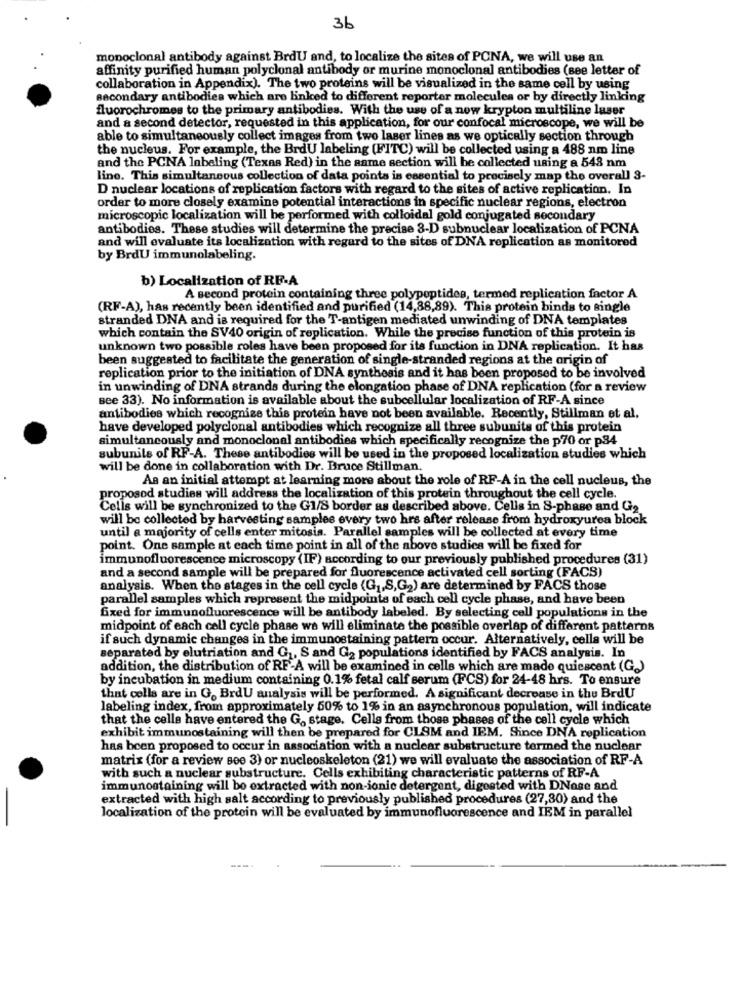
36
monoclonal antibody against BrdU and, to localize the sites of PCNA, we will use an
affinity purified human polyclonal antibody or murine monoclonal antibodies (see letter of
collaboration in Appendix). The two proteins will be visualized in the same cell by using
secondary antibodies which are linked to different reporter molecules or by directly linking
fluorochromes to the primary antibodies. With the use of a new krypton multiline laser
and a second detector, requested in this application, for our confocal microscope, we will be
able to simultaneously collect images from two laser lines as we optically section through
the nucleus. For example, the BrdU labeling (FITC) will be collected using a 488 nm line
and the PCNA labeling (Texas Red) in the same section will be collected using a 543 nm
line. This simultaneous collection of data points is essential to precisely map the overall 3-
D nuclear locations of replication factors with regard to the sites of active replication. In
order to more closely examine potential interactions in specific nuclear regions, electron
microscopic localization will be performed with colloidal gold conjugated secondary
antibodies. These studies will determine the precise 3-D subnuclear localization of PCNA
and will evaluate its localization with regard to the sites of DNA replication as monitored
by BrdU immunolabeling.
b) Localization of RF-A
A second protein containing three polypeptides, termed replication factor A
(RF-A), has recently been identified and purified (14,88,89). This protein binds to single
stranded DNA and is required for the T-antigen mediated unwinding of DNA templates
which contain the SV40 origin of replication. While the precise function of this protein is
unknown two possible roles have been proposed for its function in DNA replication. It has
been suggested to facilitate the generation of single-stranded regions at the origin of
replication prior to the initiation of DNA synthesis and it has been proposed to be involved
in unwinding of DNA strands during the elongation phase of DNA replication (for a review
see 33). No information is available about the subcellular localization of RF-A since
antibodies which recognize this protein have not been available. Recently, Stillman et al.
have developed polyclonal antibodies which recognize all three subunits of this protein
simultaneously and monoclonal antibodies which specifically recognize the p70 or p34
subunits of RF-A. These antibodies will be used in the proposed localization studies which
will be done in collaboration with Dr. Bruce Stillman.
As an initial attempt at learning more about the role of RF-A in the cell nucleus, the
proposod studies will address the localization of this protein throughout the cell cycle.
Cells will be synchronized to the G1/S border as described above. Cells in S-phase and G2
will be collected by harvesting samples every two hrs after release from hydroxyurea block
until a majority of cells enter mitosis. Parallel samples will be collected at every time
point. One sample at each time point in all of the above studies will be fixed for
immunofluorescence microscopy (IF) according to our previously published procedures (31)
and a second sample will be prepared for fluorescence activated cell sorting (FACS)
analysis. When the stages in the cell cycle (G1,S,G2) are determined by FACS those
parallel samples which represent the midpoints of each cell cycle phase, and have been
fixed for immunofluorescence will be antibody labeled. By selecting cell populations in the
midpoint of each cell cycle phase we will eliminate the possible overlap of different patterns
if such dynamic changes in the immunostaining pattern occur. Alternatively, cella will be
separated by elutriation and G1, S and G2 populations identified by FACS analysis. In
addition, the distribution of RF-A will be examined in cells which are made quiescent (G.)
by incubation in medium containing 0.1% fetal calf serum (FCS) for 24-48 hrs. To ensure
that cells are in G. BrdU analysis will be performed. A significant decrease in the BrdU
labeling index, from approximately 50% to 1% in an asynchronous population, will indicate
that the celle have entered the G. stage. Celle from those phases of the cell cycle which
exhibit immunostaining will then be prepared for CLOM and IEM. Since DNA replication
has been proposed to occur in association with a nuclear substructure termed the nuclear
matrix (for a review see 3) or nucleoskeleton (21) we will evaluate the association of RF-A
with such a nuclear substructure. Cells exhibiting characteristic patterns of RF-A
immunostaining will be extracted with non-ionic detergent, digested with DNose and
extracted with high salt according to previously published procedures (27,80) and the
localization of the protein will be evaluated by immunofluorescence and IEM in parallel